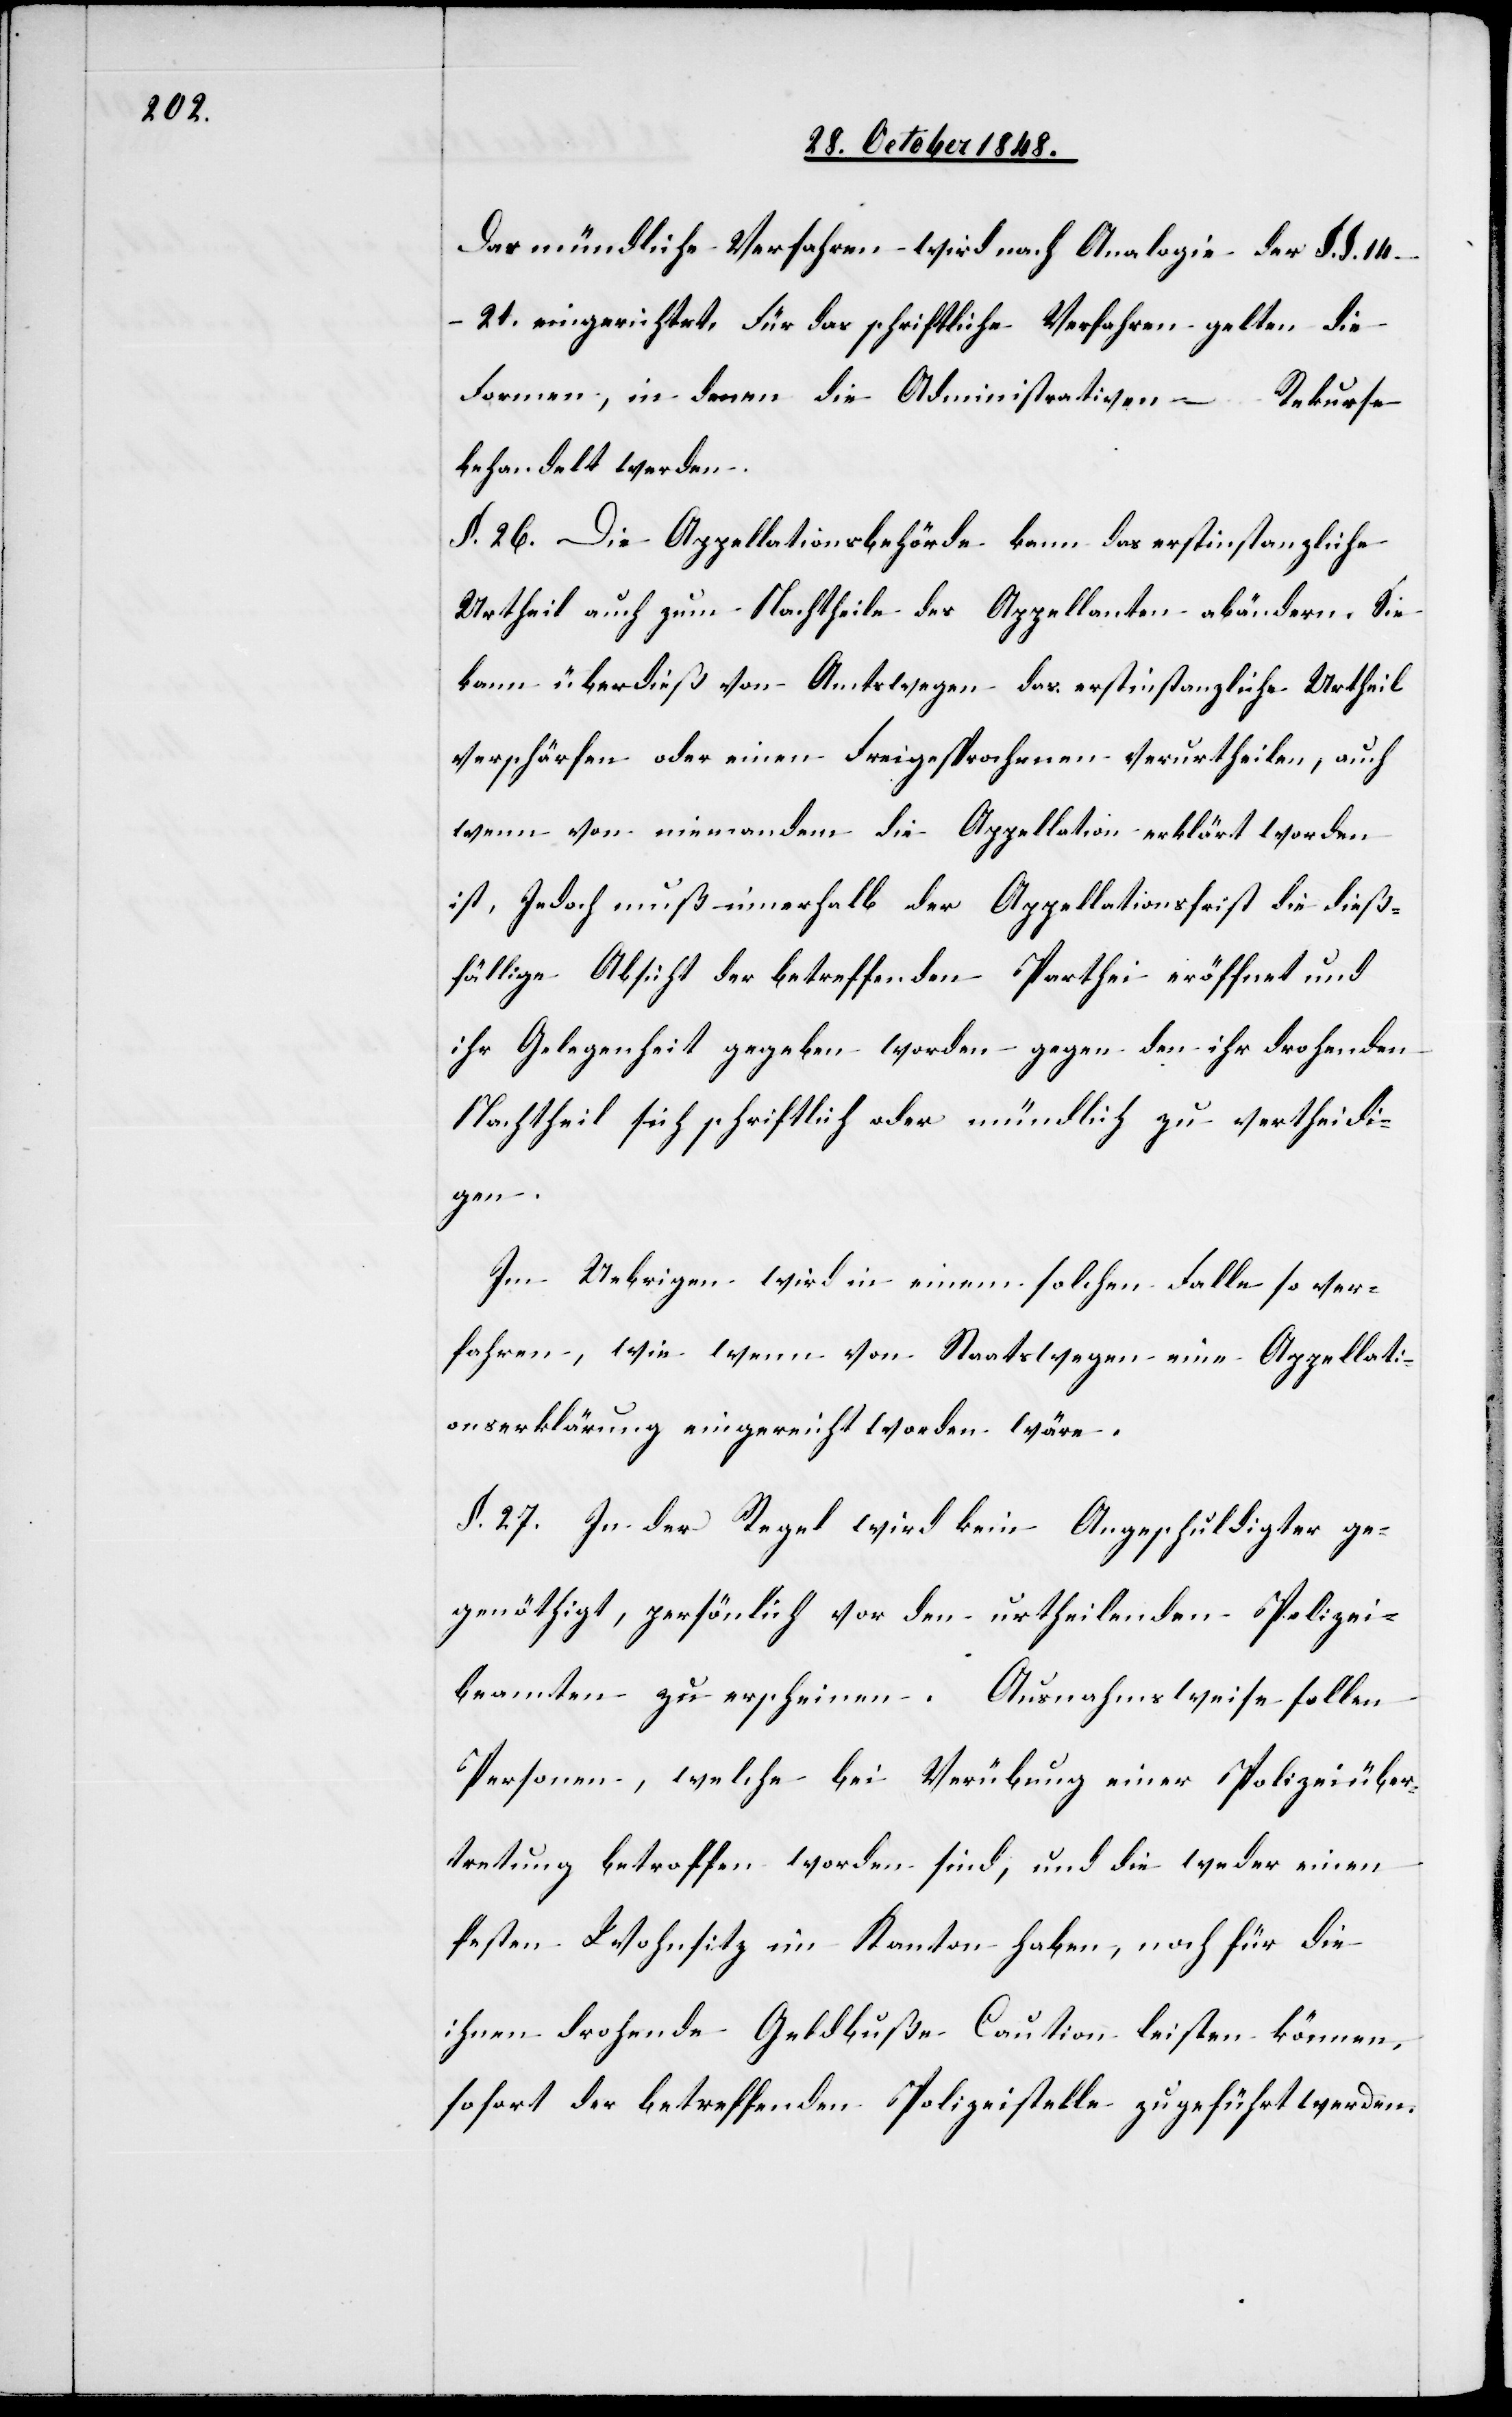
Das mündliche Verfahren wird nach Analogie des §. §.
14.–21. eingerichtet. Für das schriftliche Verfahren gelten die
Formen, in denen die Administrativen–Rekurse
behandelt werden.
§. 26. Die Appellationsbehörde kann das erstinstanzliche
Urtheil auch zum Nachtheile des Appellanten abändern. Sie
kann überdieß von Amtswegen das erstinstanzliche Urtheil
verschärfen oder einen Freigesprochenen verurtheilen, auch
wenn von niemandem die Appellation erklärt worden
ist, Jedoch muß innerhalb der Appellationsfrist die dieß¬
fällige Absicht der betreffenden Parthei eröffnet und
ihr Gelegenheit gegeben worden gegen den ihr drohenden
Nachtheil sich schriftlich oder mündlich zu vertheidi¬
gen.
Im Uebrigen wird in einem solchen Falle so ver¬
fahren, wie wenn von Staatswegen eine Appellati¬
onserklärung eingereicht worden wäre.
§. 27. In der Regel wird kein Angeschuldigter ge¬
nöthigt, persönlich vor den urtheilenden Polizei¬
beamten zu erscheinen. Ausnahmsweise sollen
Personen, welche bei Verübung einer Polizeiüber¬
tretung betroffen worden sind, und die weder einen
festen Wohnsitz im Kanton haben, noch für die
ihnen drohende Geldbuße Caution leisten können,
sofort der betreffenden Polizeistelle zugeführt werden.